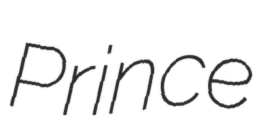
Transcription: Prince